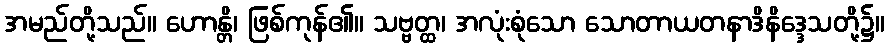
အမည်တို့သည်။ ဟောန္တိ၊ ဖြစ်ကုန်၏။ သဗ္ဗတ္ထ၊ အလုံးစုံသော သောတာယတနာဒိနိဒ္ဒေသတို့၌။